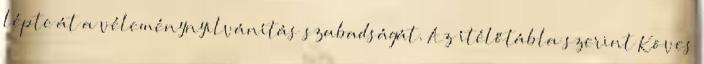
lépte át a véleménynyilvánítás szabadságát. Az ítélőtábla szerint Köves